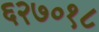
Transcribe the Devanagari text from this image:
६२७०१८